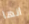
انها